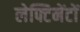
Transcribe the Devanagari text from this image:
लेफ्टिनेंटों